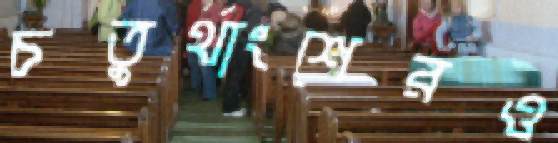
চতুর্থাংশেরও